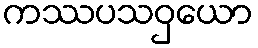
ကဿပသဝှယော